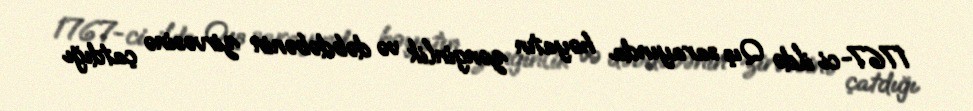
1767-ci ildə Qış sarayında həyatın zənginlik və dəbdəbənin zirvəsinə çatdığı